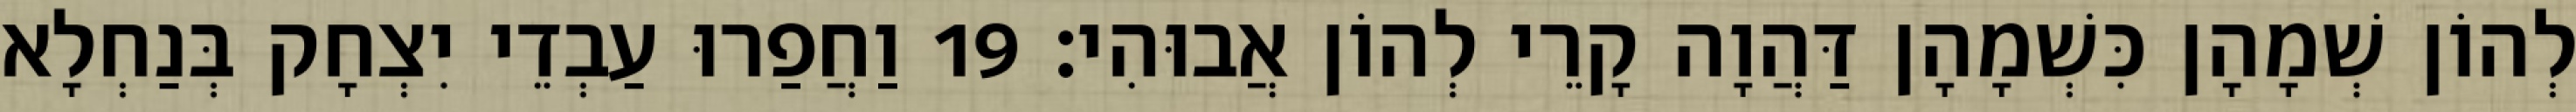
לְהוֹן שְׁמָהָן כִּשְׁמָהָן דַּהֲוָה קָרֵי לְהוֹן אֲבוּהִי׃ 19 וַחֲפַרוּ עַבְדֵי יִצְחָק בְּנַחְלָא